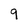
Character: 9